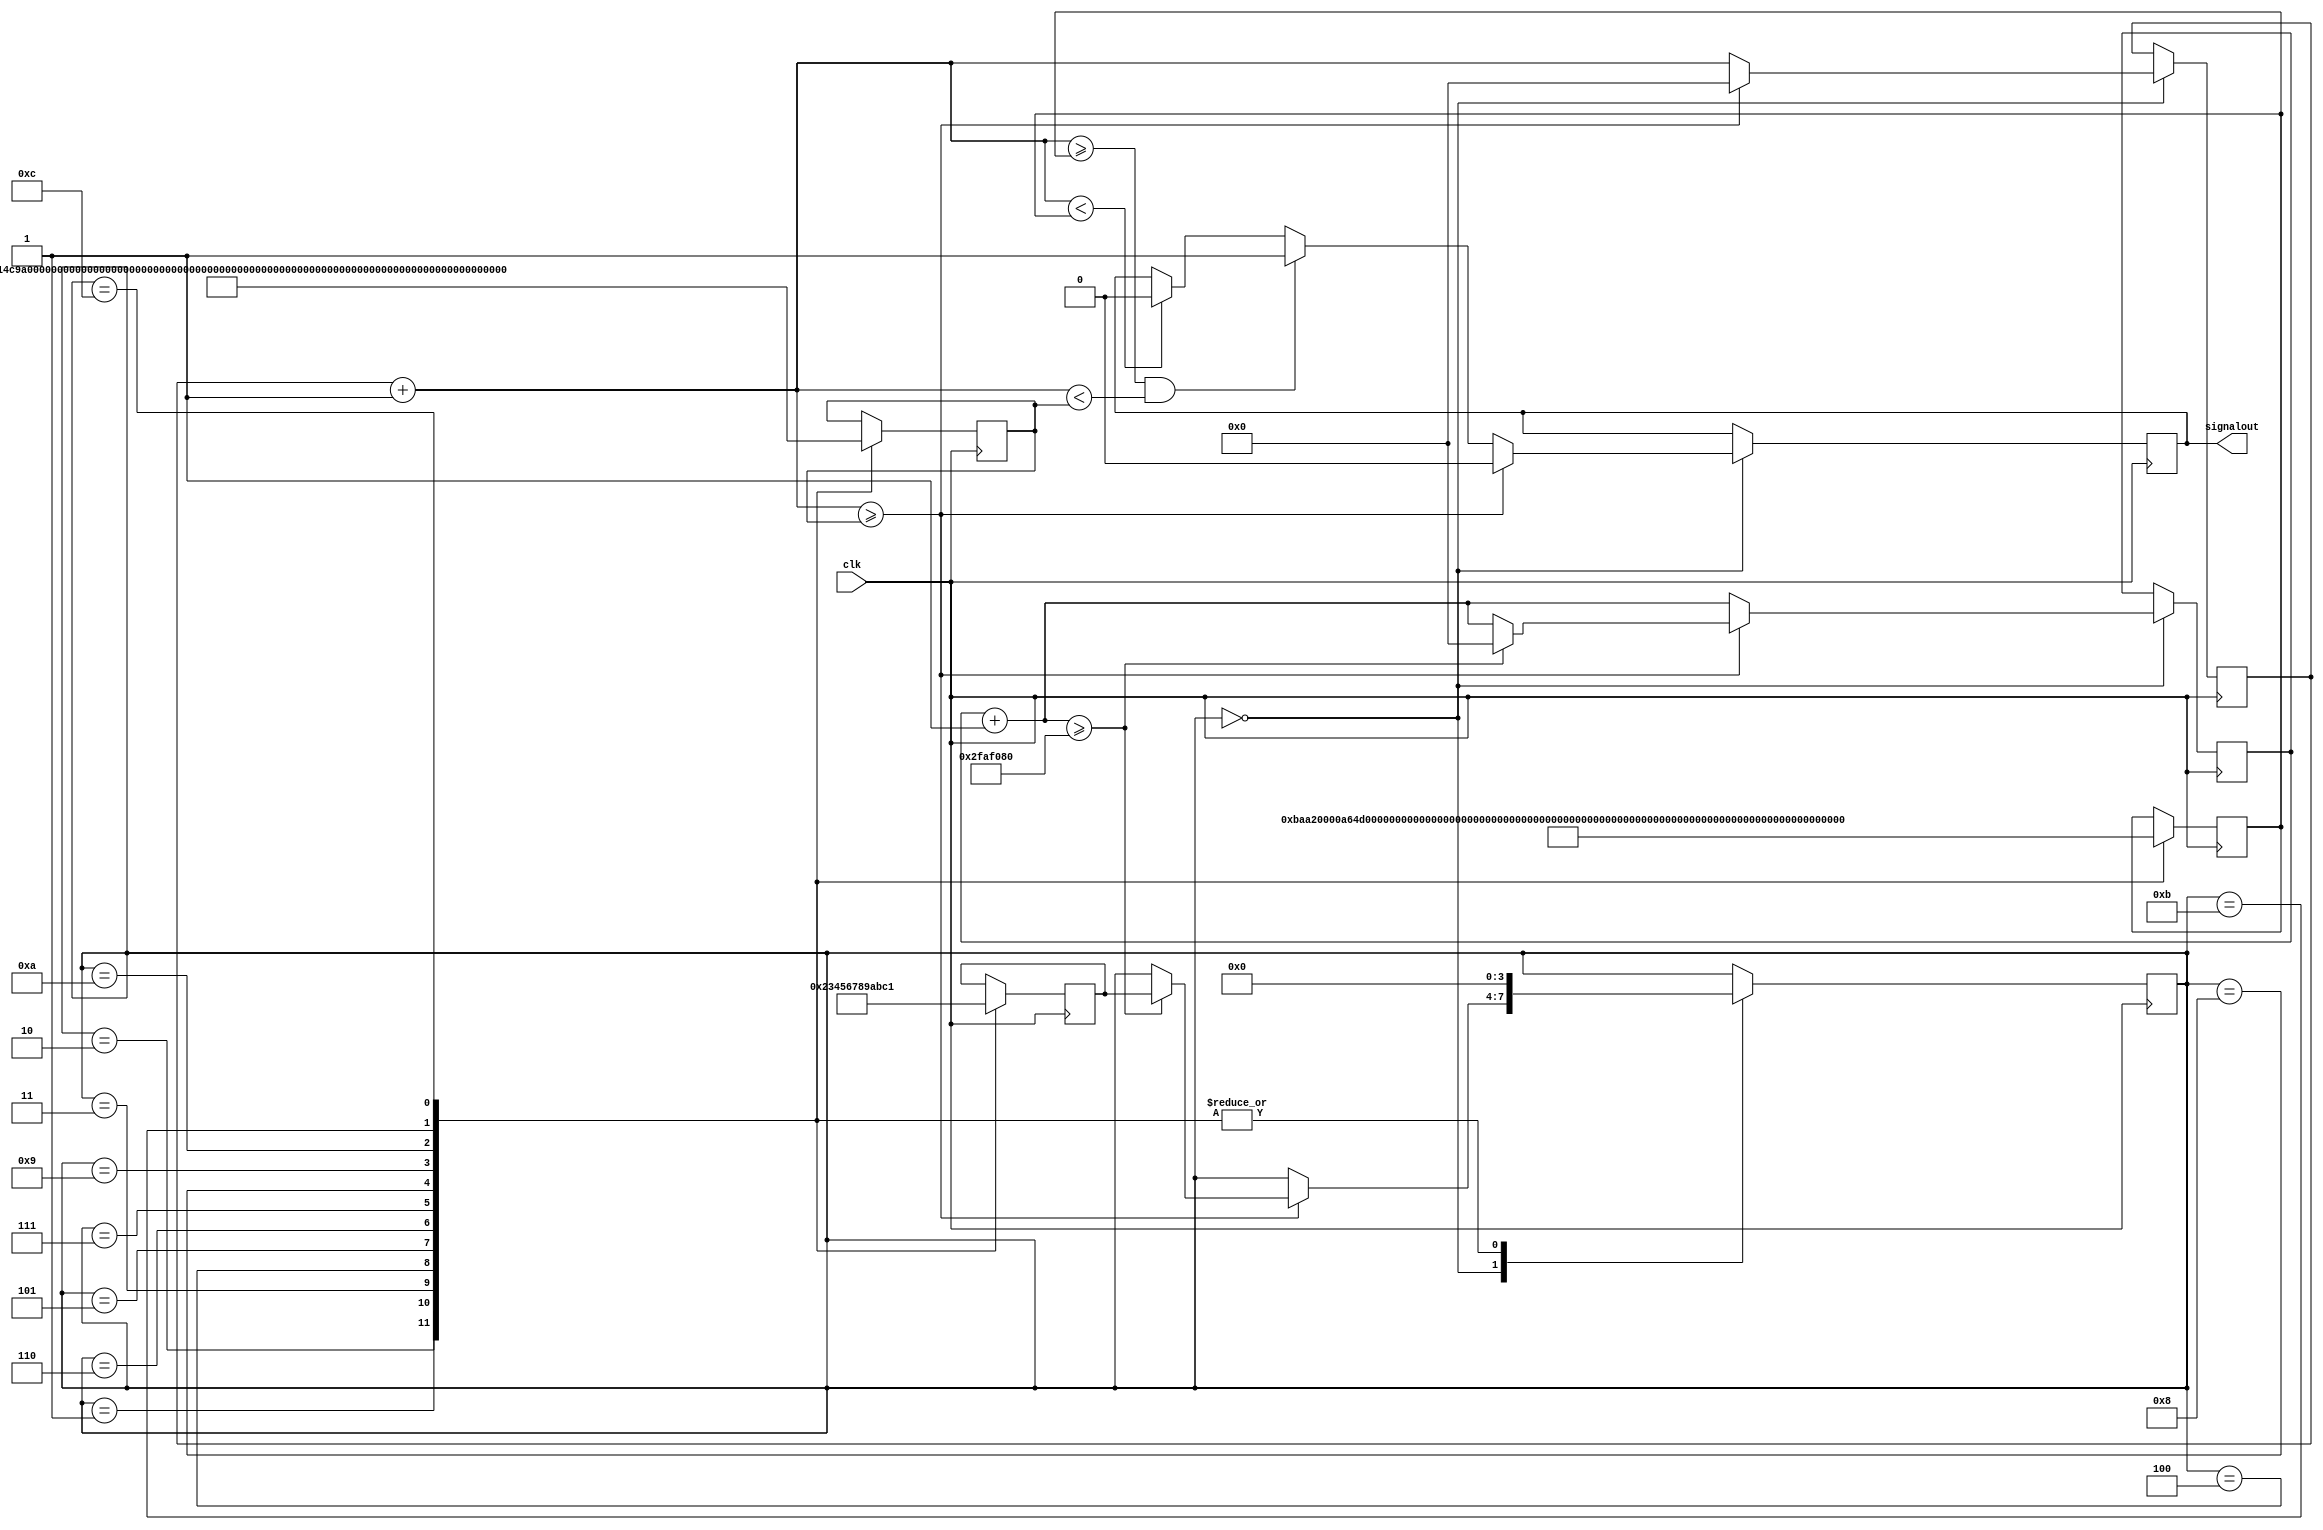
//Willard Wider
//6-15-17
//ELEC 3200
//Lab 4
//Square Wave Generator

module lab4(signalout, clk);
  output signalout;
  reg signalout;
  input clk;
  reg [31:0] mycounter1, mycounter2, myonesecond, countlow, counthigh;
  reg [3:0] progress, lastnote;
  
  initial begin
    //init everything
    mycounter1=0;
    mycounter2=0;
    signalout=0;
    myonesecond = 50000000;
    progress = 4'b0001;
  end
  
  always@(posedge clk) begin
    case(progress)
      default: begin
      //do nothing
      end
      4'b0000: begin
        mycounter1 = mycounter1 + 1'b1;//incriment the first counter
        mycounter2 = mycounter2 + 1'b1;//incriment the second counter
        if (mycounter1 < countlow) begin
          signalout = 0;//send out the 0 part of the duty cycle
        end
        if ((mycounter1 >= countlow) && (mycounter1 < counthigh)) begin
          signalout = 1;//send out the 1 part of the dury cycle
        end
        if (mycounter1 >= counthigh) begin
          signalout = 0;//set it back to low
          mycounter1 = 0;//reset the counter
          if (mycounter2 >= myonesecond) begin//if it has been doing this signal for one second
            progress = lastnote;//increment the case statement control below for the new tone
            mycounter2 = 0;
          end
        end
      end
      4'b0001: begin //C5, 523.25 Hz roughly
        countlow = 47778;//set the low part of the duty cycle
        counthigh = 95557;//set the high part of the duty cycle
        progress = 0;//reset the progress
        lastnote = 4'b0010;//set the next note
      end
      4'b0010: begin //D5, 587.23 Hz roughly
        countlow = 42573;
        counthigh = 85146;
        progress = 0;
        lastnote = 4'b0011;
      end
      4'b0011: begin //E5, 659.26 Hz roughly
        countlow = 37921;
        counthigh = 75843;
        progress = 0;
        lastnote = 4'b0100;
      end
      4'b0100: begin //F5, 698.46 Hz roughly
        countlow = 35793;
        counthigh = 71586;
        progress = 0;
        lastnote = 4'b0101;
      end
      4'b0101: begin //G5, 783.99 Hz roughly
        countlow = 31888;
        counthigh = 63776;
        progress = 0;
        lastnote = 4'b0110;
      end
      4'b0110: begin //A5, 880 Hz roughly
        countlow = 28409;
        counthigh = 56818;
        progress = 0;
        lastnote = 4'b0111;
      end
      4'b0111: begin //B5, 9.87.77 Hz roughly
        countlow = 25310;
        counthigh = 50619;
        progress = 0;
        lastnote = 4'b1000;
      end
      4'b1000: begin //C6, 1046.5 Hz roughly
        countlow = 23889;
        counthigh = 47778;
        progress = 0;
        lastnote = 4'b1001;
      end
      4'b1001: begin //D6, 1174.7 Hz roughly
        countlow = 21282;
        counthigh = 42564;
        progress = 0;
        lastnote = 4'b1010;
      end
      4'b1010: begin //E6, 1318.5 Hz roughly
        countlow = 18961;
        counthigh = 37922;
        progress = 0;
        lastnote = 4'b1011;
      end
      4'b1011: begin //F6, 1396.9 Hz roughly
        countlow = 17897;
        counthigh = 35794;
        progress = 0;
        lastnote = 4'b1100;
      end
      4'b1100: begin //G6, 1568 Hz roughly
        countlow = 15944;
        counthigh = 31888;
        progress = 0;
        lastnote = 4'b0001;
      end
    endcase
  end
endmodule